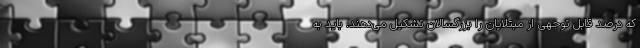
که درصد قابل توجهی از مبتلایان را بزرگسالان تشکیل می‌دهند. باید به